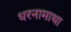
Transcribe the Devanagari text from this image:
धरनामाथा